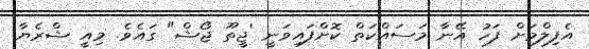
އެފިލްމަށް ފަހު އޭނާ މަސައްކަތް ކޮށްފައިވަނީ 'ޖީތޫ ޖޯޝް" ގައެވެ. މިއީ ޝްރެޔާ